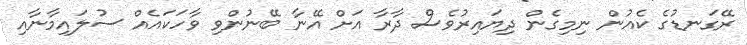
ރޭގަނޑުގެ ކެއުން ނިމިގެން ދިޔައިރުވެސް ދާރާ އަށް އޭނާ ބޭނުންވި ވާހަކައެއް ސުލައިމާނާއި